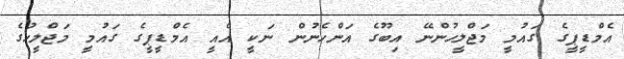
އެމްޑީޕީގެ ގައުމީ މަޖްލީހުންނޭ އިބޫގެ އަންހެނުން ނަކީ އެއީ އެމްޑީޕީގެ ގައުމީ މަޖްލީހުގެ